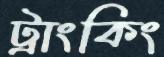
ট্রাংকিং